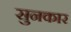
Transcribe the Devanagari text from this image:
सुनकार